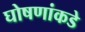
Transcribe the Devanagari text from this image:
घोषणांकडे